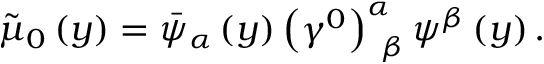
\tilde { \mu } _ { 0 } \left( y \right) = \bar { \psi } _ { \alpha } \left( y \right) \left( \gamma ^ { 0 } \right) _ { \; \; \beta } ^ { \alpha } \psi ^ { \beta } \left( y \right) .